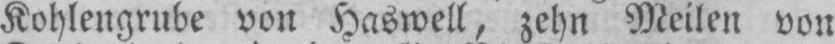
Kohlengrube von Haswell, zehn Meilen von